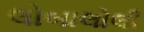
લોબાલોલી